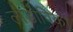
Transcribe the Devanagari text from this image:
लोडोविको